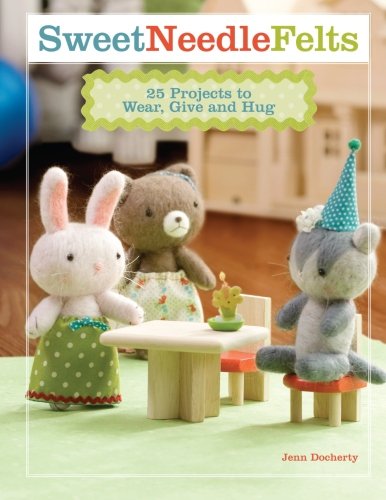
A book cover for Sweet Needle Felts: 25 Projects to Wear, Give & Hug; Jenn Docherty; Crafts, Hobbies & Home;